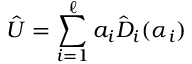
\hat { U } = \sum _ { i = 1 } ^ { { \ell } } a _ { i } \hat { D } _ { i } ( \alpha _ { i } )